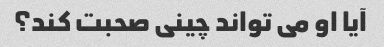
آیا او می تواند چینی صحبت کند؟